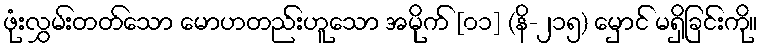
ဖုံးလွှမ်းတတ်သော မောဟတည်းဟူသော အမိုက် [၀၁] (နိ-၂၁၅) မှောင် မရှိခြင်းကို။